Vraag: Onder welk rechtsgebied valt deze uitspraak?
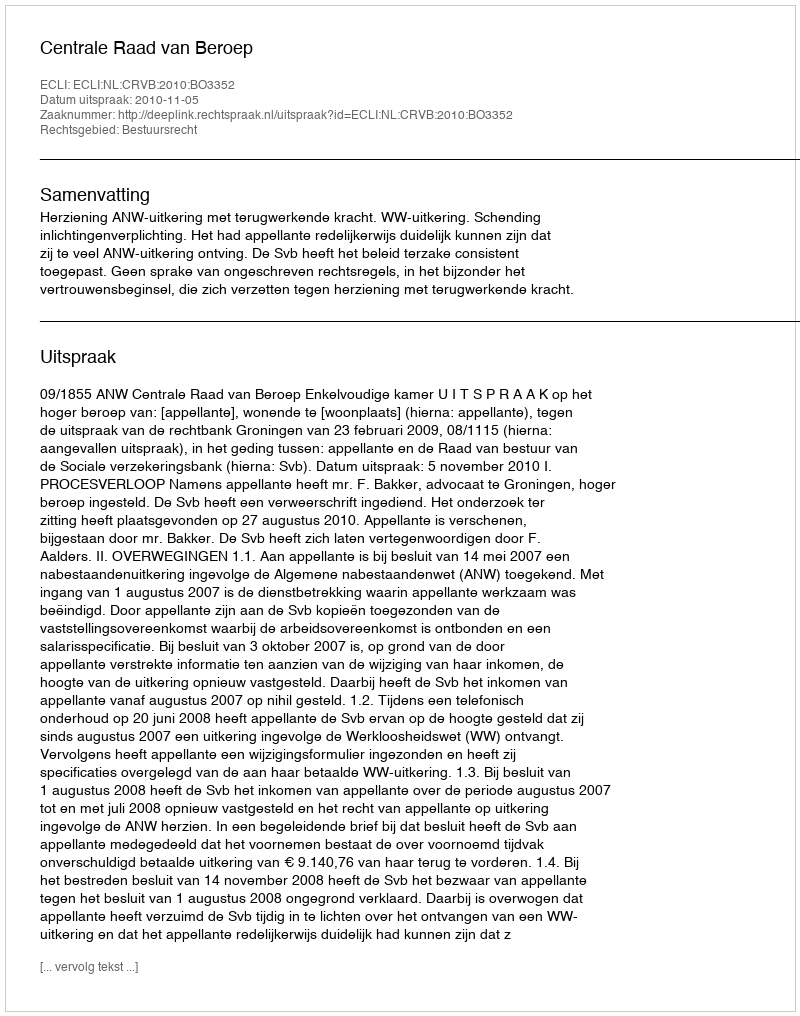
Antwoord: Bestuursrecht